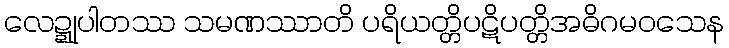
လေဍ္ဍုပါတဿ သမဏဿာတိ ပရိယတ္တိပဋိပတ္တိအဓိဂမဝသေန